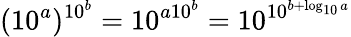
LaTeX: (10^{a})^{\, \! 10^{b}}=10^{a10^{b}}=10^{10^{b+\log_{10}a}}